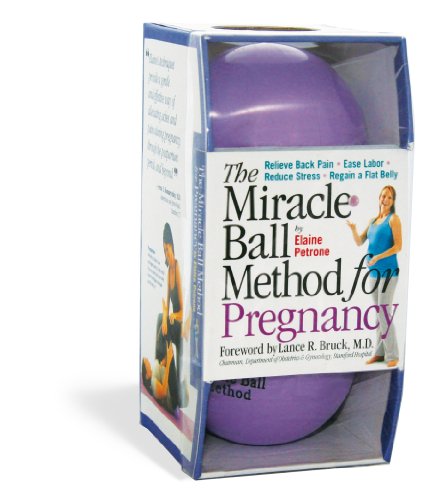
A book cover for The Miracle Ball Method for Pregnancy: Relieve Back Pain, Ease Labor, Reduce Stress, Regain a Flat Belly; Elaine Petrone; Health, Fitness & Dieting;